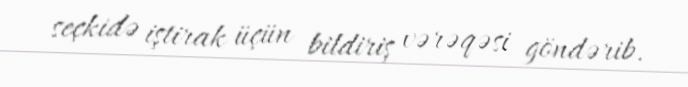
seçkidə iştirak üçün bildiriş vərəqəsi göndərib.